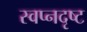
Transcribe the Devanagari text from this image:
स्वप्नदृष्ट